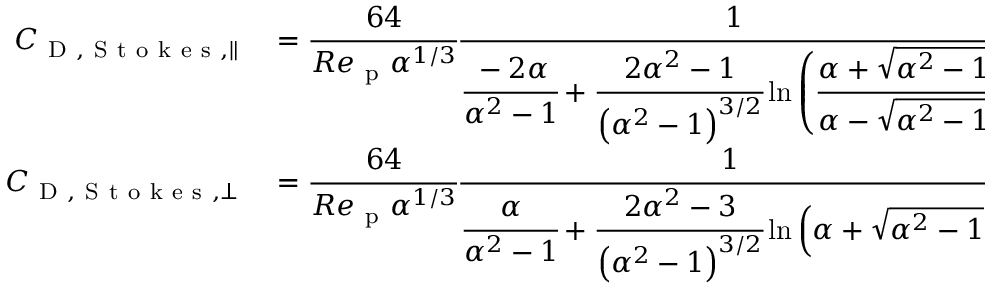
\begin{array} { r l } { C _ { \mathrm { ~ D ~ , ~ S ~ t ~ o ~ k ~ e ~ s ~ } , \parallel } } & { { } = \cfrac { 6 4 } { R e _ { \mathrm { ~ p ~ } } \alpha ^ { 1 / 3 } } \cfrac { 1 } { \cfrac { - 2 \alpha } { \alpha ^ { 2 } - 1 } + \cfrac { 2 \alpha ^ { 2 } - 1 } { \left( \alpha ^ { 2 } - 1 \right) ^ { 3 / 2 } } \ln \left( \cfrac { \alpha + \sqrt { \alpha ^ { 2 } - 1 } } { \alpha - \sqrt { \alpha ^ { 2 } - 1 } } \right) } \, , } \\ { C _ { \mathrm { ~ D ~ , ~ S ~ t ~ o ~ k ~ e ~ s ~ } , \perp } } & { { } = \cfrac { 6 4 } { R e _ { \mathrm { ~ p ~ } } \alpha ^ { 1 / 3 } } \cfrac { 1 } { \cfrac { \alpha } { \alpha ^ { 2 } - 1 } + \cfrac { 2 \alpha ^ { 2 } - 3 } { \left( \alpha ^ { 2 } - 1 \right) ^ { 3 / 2 } } \ln \left( { \alpha + \sqrt { \alpha ^ { 2 } - 1 } } \right) } \, . } \end{array}